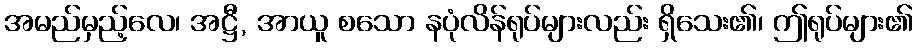
အမည်မှည့်လေ၊ အဋ္ဌီ, အာယူ စသော နပုံလိန်ရုပ်များလည်း ရှိသေး၏၊ ဤရုပ်များ၏